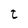
Character: t